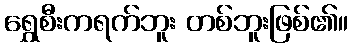
ရွှေစီးကရက်ဘူး တစ်ဘူးဖြစ်၏။